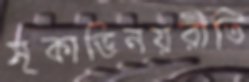
মূকাভিনয়রীতি